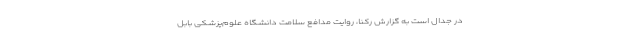
در جدال است به گزارش رکنا، روایت مدافع سلامت دانشگاه علوم‌پزشکی بابل